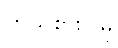
ကိုယ်စားပြုမှု